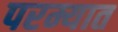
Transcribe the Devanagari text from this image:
परम्यात